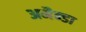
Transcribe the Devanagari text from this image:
अमैन्डा